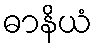
ဓာနိယံ